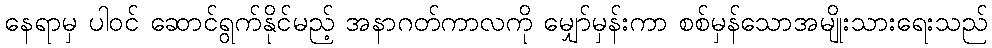
နေရာမှ ပါဝင် ဆောင်ရွက်နိုင်မည့် အနာဂတ်ကာလကို မျှော်မှန်းကာ စစ်မှန်သောအမျိုးသားရေးသည်